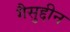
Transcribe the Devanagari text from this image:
गैसुद्दीन